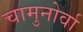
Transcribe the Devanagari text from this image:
चामुनोर्वा